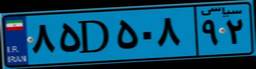
۸۴D۰۱۰۵۸